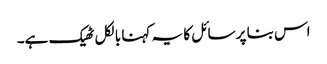
اس بنا پر سائل کا یہ کہنا بالکل ٹھیک ہے۔